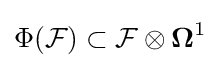
\Phi ({\mathcal {F}})\subset {\mathcal {F}}\otimes {\boldsymbol {\Omega }}^{1}